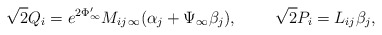
\begin{align*}\sqrt{2}Q_i = e^{2\Phi'_{\infty}}M_{ij\,\infty}(\alpha_j + \Psi_{\infty}\beta_j),\ \ \ \ \ \ \ \sqrt{2}P_i=L_{ij}{\beta}_j, \end{align*}